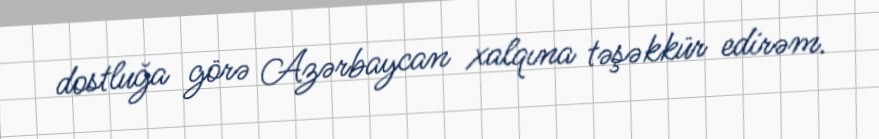
dostluğa görə Azərbaycan xalqına təşəkkür edirəm.